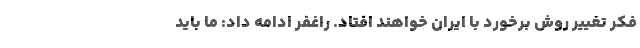
فکر تغییر روش برخورد با ایران خواهند افتاد. راغفر ادامه داد: ما باید